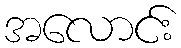
အလောင်း